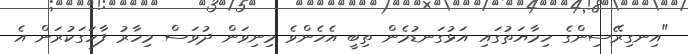
"އިނގިރޭސިންގެ ހިމާޔަތުގައި އަޅުގަނޑުމެން ތިބީ އެހެންވެ މިނިވަން ދުވަސް މިހާރު ފާހަގަކުރަން އެ